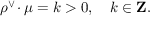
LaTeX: \rho ^ { \vee } \! \cdot \mu = k > 0 , \quad k \in { \bf Z } .